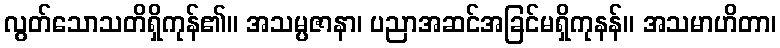
လွတ်သောသတိရှိကုန်၏။ အသမ္ပဇာနာ၊ ပညာအဆင်အခြင်မရှိကုနန်။ အသမာဟိတာ၊